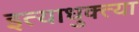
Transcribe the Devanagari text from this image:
इत्याधुक्त्या